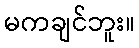
မကချင်ဘူး။